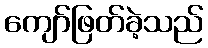
ကျော်ဖြတ်ခဲ့သည်